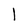
Character: l